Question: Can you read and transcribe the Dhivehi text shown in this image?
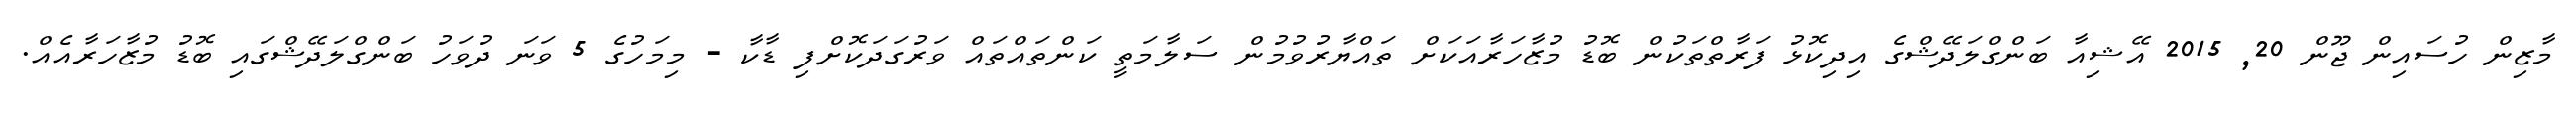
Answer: މާޒިން ހުސައިން ޖޫން 20, 2015 އޭޝިއާ ބަންގްލަދޭޝްގެ އިދިކޮޅު ފަރާތްތަކުން ބޮޑު މުޒާހަރާއަކަށް ތައްޔާރުވުމުން ސަލާމަތީ ކަންތައްތައް ވަރުގަދަކޮށްފި ޑާކާ - މިމަހުގެ 5 ވަނަ ދުވަހު ބަންގްލަދޭޝްގައި ބޮޑު މުޒާހަރާއެއް.